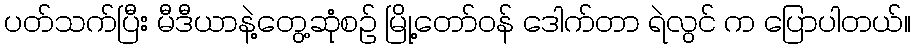
ပတ်သက်ပြီး မီဒီယာနဲ့တွေ့ဆုံစဉ် မြို့တော်ဝန် ဒေါက်တာ ရဲလွင် က ပြောပါတယ်။